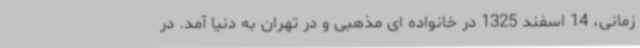
زمانی، 14 اسفند 1325 در خانواده ای مذهبی و در تهران به دنیا آمد. در